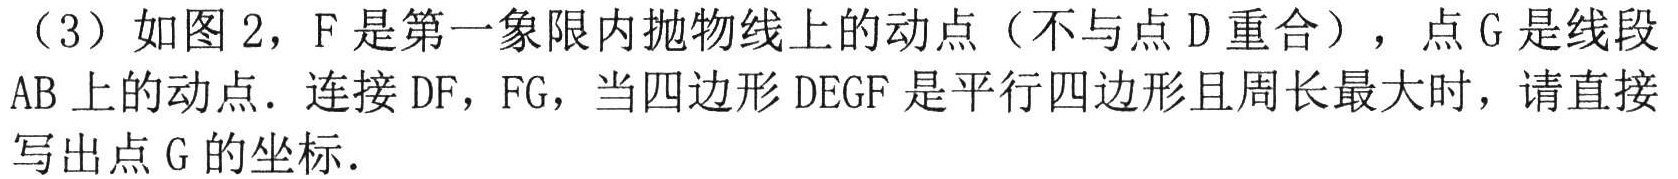
（3）如图 2，F 是第一象限内抛物线上的动点（不与点 D 重合），点 G 是线段AB 上的动点．连接 DF，FG，当四边形 DEGF 是平行四边形且周长最大时，请直接写出点 G 的坐标．